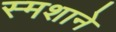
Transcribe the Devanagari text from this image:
स्मशाने